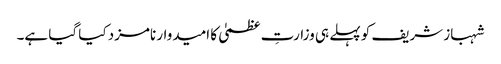
شہباز شریف کو پہلے ہی وزارتِ عظمیٰ کا امیدوار نامزد کیا گیا ہے۔